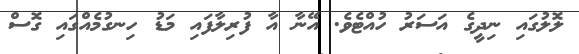
ލޮލުގައި ނިދީގެ އަސަރު ހުއްޓެވެ. އޭނާ އާ ފުރިލާފައި މަޑު ހިނގުމެއްގައި ގޮސް